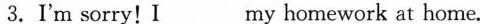
3.I'm sorry! I___my homework at home.